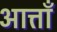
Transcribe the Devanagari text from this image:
आत्ताँ